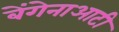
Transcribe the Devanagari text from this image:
बेंगेनाआटी